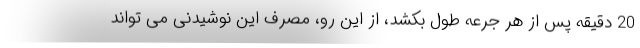
20 دقیقه پس از هر جرعه طول بکشد، از این رو، مصرف این نوشیدنی می تواند